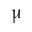
\upmu